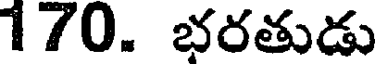
170. భరతుడు